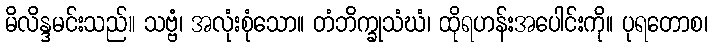
မိလိန္ဒမင်းသည်။ သဗ္ဗံ၊ အလုံးစုံသော။ တံဘိက္ခုသံဃံ၊ ထိုရဟန်းအပေါင်းကို။ ပုရတောစ၊